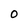
Character: 0